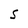
Character: S